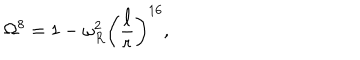
LaTeX: \Omega ^ { 8 } = 1 - \omega _ { R } ^ { 2 } \left( \frac { \ell } { r } \right) ^ { 1 6 } ,